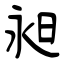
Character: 昶